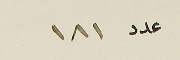
عدد ١٨١